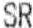
SR